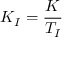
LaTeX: K _ { I } = { \frac { K } { T _ { I } } }